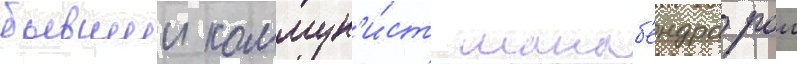
бывшии коммун'и́ст манаб'ендра рои